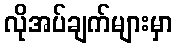
လိုအပ်ချက်များမှာ